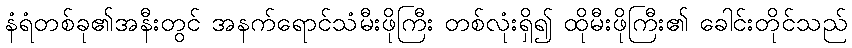
နံရံတစ်ခု၏အနီးတွင် အနက်ရောင်သံမီးဖိုကြီး တစ်လုံးရှိ၍ ထိုမီးဖိုကြီး၏ ခေါင်းတိုင်သည်